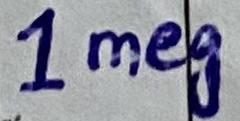
Text: 1Meg